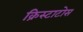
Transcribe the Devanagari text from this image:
क्रिस्टाटोस